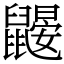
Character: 鼹